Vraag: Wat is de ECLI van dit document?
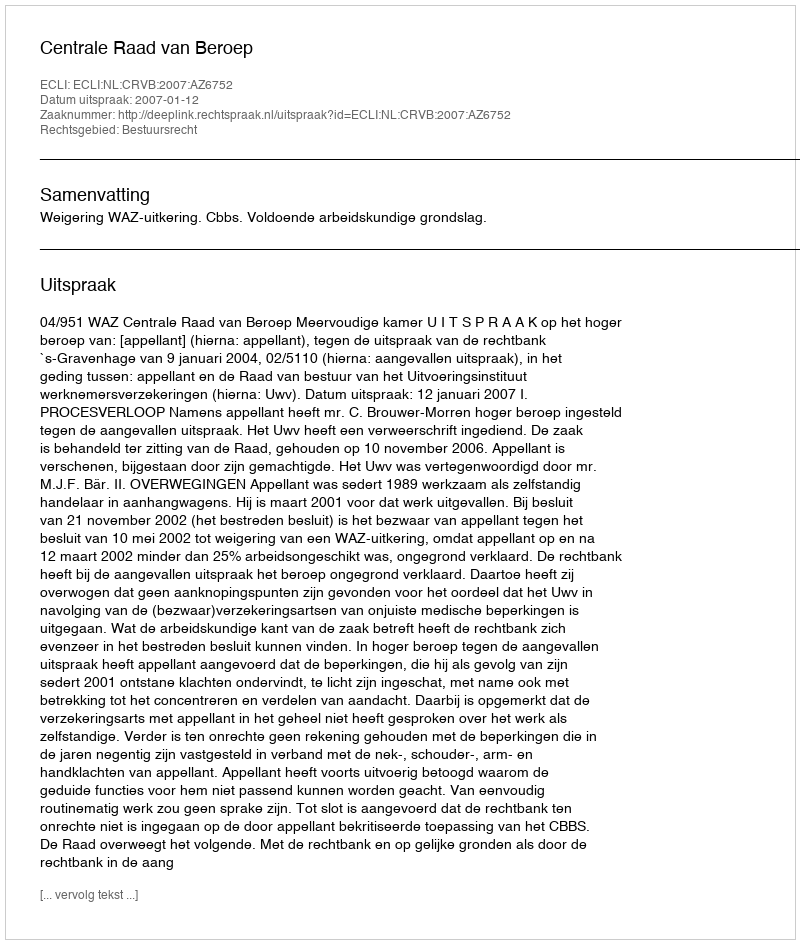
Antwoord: ECLI:NL:CRVB:2007:AZ6752